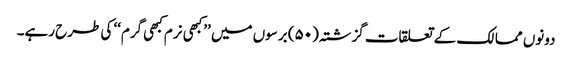
دونوں ممالک کے تعلقات گزشتہ (۵۰) برسوں میں ’’کبھی نرم کبھی گرم‘‘ کی طرح رہے۔